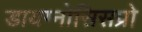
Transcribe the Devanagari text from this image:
डायग्नोसिसप्रो